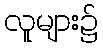
လူများ၌